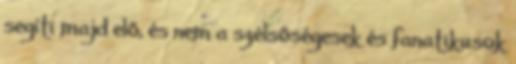
segíti majd elő, és nem a szélsőségesek és fanatikusok